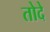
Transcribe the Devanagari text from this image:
तोदे